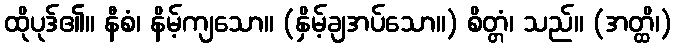
ထိုပုဒ်၏။ နီစံ၊ နိမ့်ကျသော။ (နှိမ့်ချအပ်သော။) စိတ္တံ၊ သည်။ (အတ္ထိ၊)